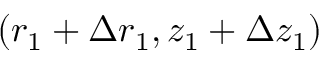
( r _ { 1 } + \Delta r _ { 1 } , z _ { 1 } + \Delta z _ { 1 } )